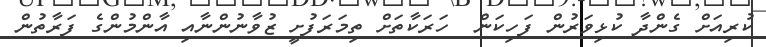
ކުރިއަށް ގެންދާ ކުޅިވަރުން ފަހިކަން  ހަރަކާތަށް ތިމަރަފުށީ ޒުވާނުންނާއި އާންމުންގެ ފަރާތުން